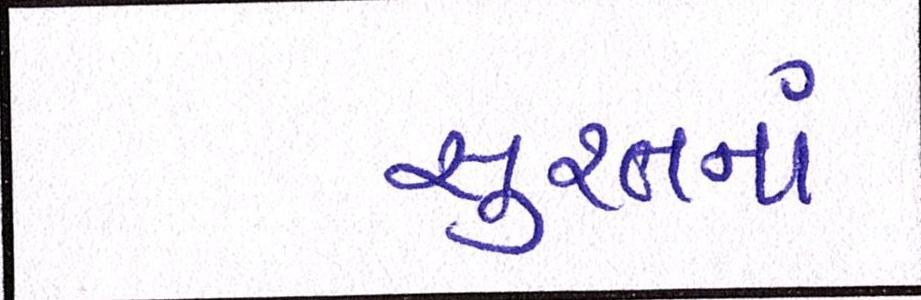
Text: સુરતનાં